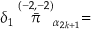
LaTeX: \delta _ { 1 } \stackrel { ( - 2 , - 2 ) } { \bar { \pi } } _ { \alpha _ { 2 k + 1 } } =